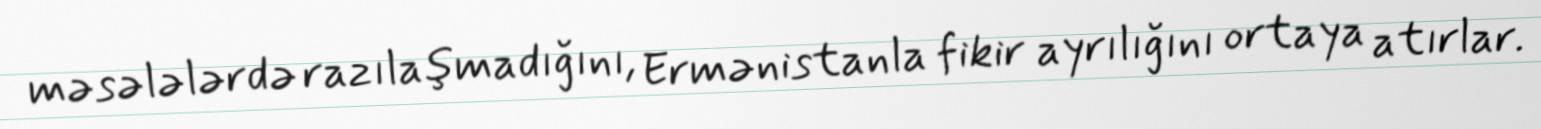
məsələlərdə razılaşmadığını, Ermənistanla fikir ayrılığını ortaya atırlar.